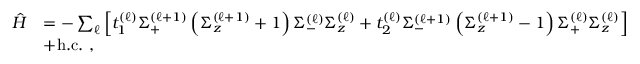
\begin{array} { r l } { \hat { H } } & { = - \sum _ { \ell } \left[ t _ { 1 } ^ { ( \ell ) } \Sigma _ { + } ^ { \left( \ell + 1 \right) } \left( \Sigma _ { z } ^ { \left( \ell + 1 \right) } + 1 \right) \Sigma _ { - } ^ { \left( \ell \right) } \Sigma _ { z } ^ { \left( \ell \right) } + t _ { 2 } ^ { ( \ell ) } \Sigma _ { - } ^ { \left( \ell + 1 \right) } \left( \Sigma _ { z } ^ { \left( \ell + 1 \right) } - 1 \right) \Sigma _ { + } ^ { \left( \ell \right) } \Sigma _ { z } ^ { \left( \ell \right) } \right] } \\ & { + \mathrm { h . c . } \, \, , } \end{array}